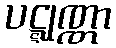
ပဋ္ဋုဏ္ဏာ